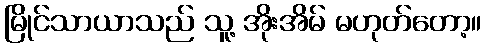
မြိုင်သာယာသည် သူ့ အိုးအိမ် မဟုတ်တော့။